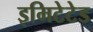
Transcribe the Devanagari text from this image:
इमिटेटेड